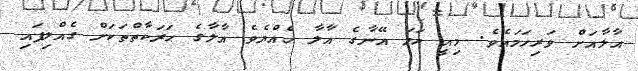
އާލާއަށް ވަރިހަމައެވެ. މިއީ ހަމަ އޭނާގެ އާލާ ހެއްޔެވެ އާލާގެ ޙަރަކާތްތަކަށް ގެއްލިފައި